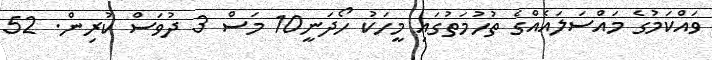
ވައްކަމުގެ މައްސަލައެއްގެ ތުހުމަތުގައި މީހަކު ހޯދަނީ10 މަސް 3 ދުވަސް ކުރިން. 52